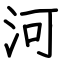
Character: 河